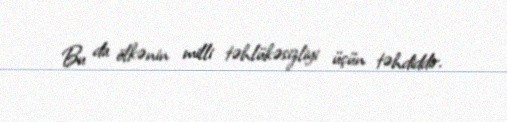
Bu da ölkənin milli təhlükəsizliyi üçün təhdiddir.